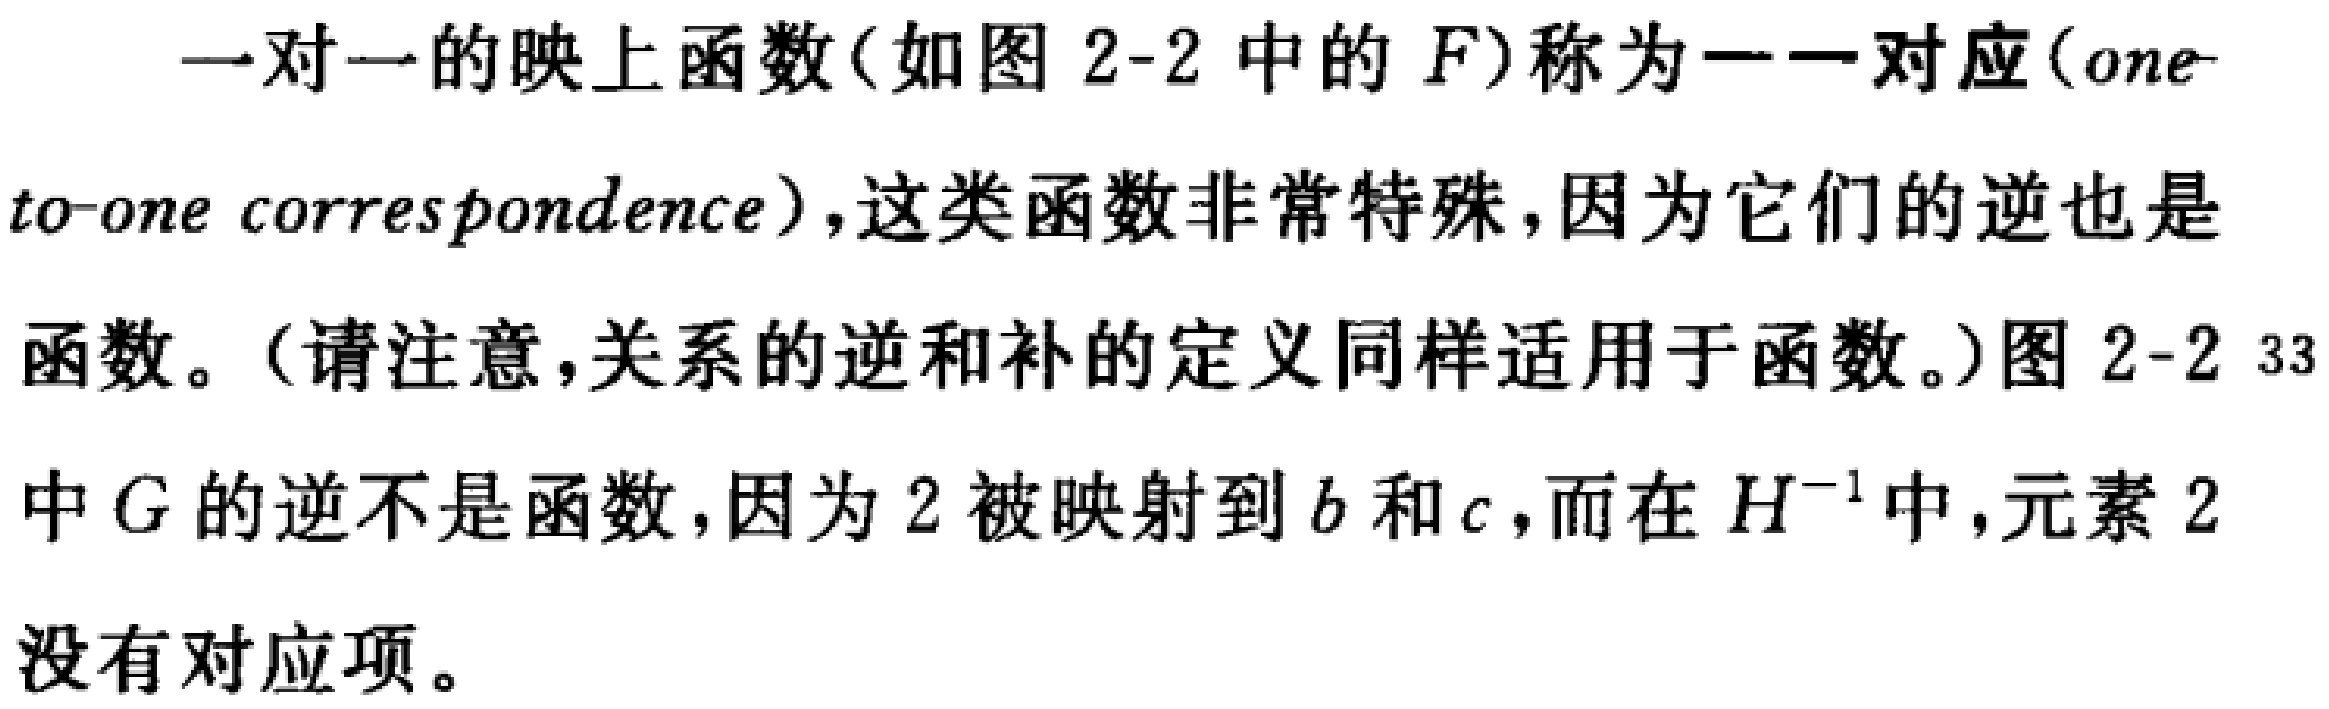
一对一的映上函数(如图 2-2 中的 \(F\))称为一一对应(one-

to-one correspondence)，这类函数非常特殊，因为它们的逆也是

函数。(请注意，关系的逆和补的定义同样适用于函数。)图 2-2 33

中 \(G\) 的逆不是函数，因为 \(2\) 被映射到 \(b\) 和 \(c\)，而在 \(H^{-1}\) 中，元素 \(2\)

没有对应项。